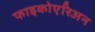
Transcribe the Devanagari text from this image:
फाइकोएरिअन